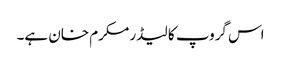
اس گروپ کا لیڈر مکرم خان ہے۔